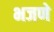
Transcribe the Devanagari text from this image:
भजणे